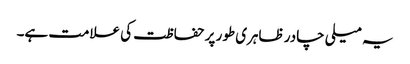
یہ میلی چادر ظاہری طور پر حفاظت کی علامت ہے۔